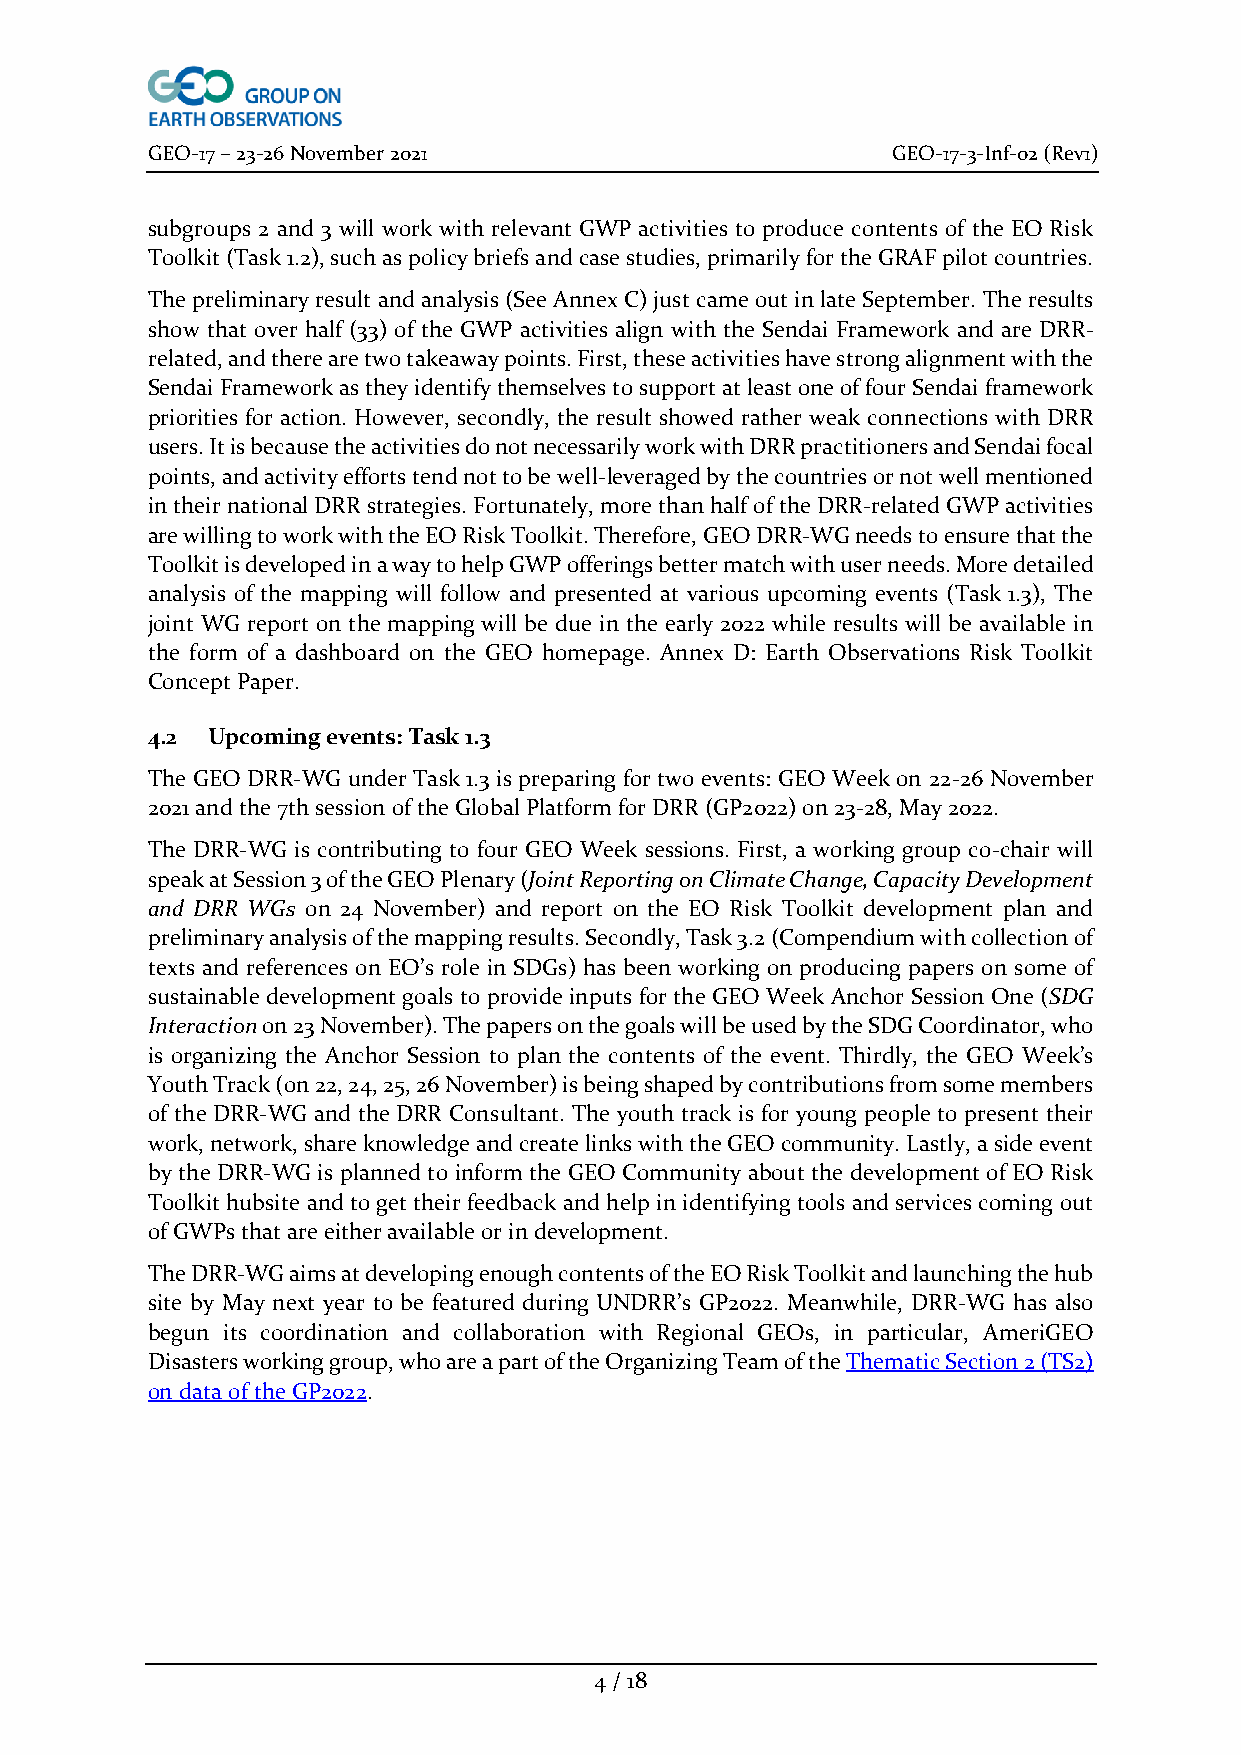
GEO-17 – 23-26 November 2021                     GEO-17-3-Inf-02 (Rev1)
 subgroups 2 and 3 will work with relevant GWP activities to produce contents of the EO Risk
 Toolkit (Task 1.2), such as policy briefs and case studies, primarily for the GRAF pilot countries.
 The preliminary result and analysis (See Annex C) just came out in late September. The results
 show that over half (33) of the GWP activities align with the Sendai Framework and are DRR-
 related, and there are two takeaway points. First, these activities have strong alignment with the
 Sendai Framework as they identify themselves to support at least one of four Sendai framework
 priorities for action. However, secondly, the result showed rather weak connections with DRR
 users. It is because the activities do not necessarily work with DRR practitioners and Sendai focal
 points, and activity efforts tend not to be well-leveraged by the countries or not well mentioned
 in their national DRR strategies. Fortunately, more than half of the DRR-related GWP activities
 are willing to work with the EO Risk Toolkit. Therefore, GEO DRR-WG needs to ensure that the
 Toolkit is developed in a way to help GWP offerings better match with user needs. More detailed
 analysis of the mapping will follow and presented at various upcoming events (Task 1.3), The
 joint WG report on the mapping will be due in the early 2022 while results will be available in
 the form of a dashboard on the GEO homepage. Annex D: Earth Observations Risk Toolkit
 Concept Paper.
 4.2 Upcoming events: Task 1.3
 The GEO DRR-WG under Task 1.3 is preparing for two events: GEO Week on 22-26 November
 2021 and the 7th session of the Global Platform for DRR (GP2022) on 23-28, May 2022.
 The DRR-WG is contributing to four GEO Week sessions. First, a working group co-chair will
 speak at Session 3 of the GEO Plenary (Joint Reporting on Climate Change, Capacity Development
 and DRR WGs on 24 November) and report on the EO Risk Toolkit development plan and
 preliminary analysis of the mapping results. Secondly, Task 3.2 (Compendium with collection of
 texts and references on EO’s role in SDGs) has been working on producing papers on some of
 sustainable development goals to provide inputs for the GEO Week Anchor Session One (SDG
 Interaction on 23 November). The papers on the goals will be used by the SDG Coordinator, who
 is organizing the Anchor Session to plan the contents of the event. Thirdly, the GEO Week’s
 Youth Track (on 22, 24, 25, 26 November) is being shaped by contributions from some members
 of the DRR-WG and the DRR Consultant. The youth track is for young people to present their
 work, network, share knowledge and create links with the GEO community. Lastly, a side event
 by the DRR-WG is planned to inform the GEO Community about the development of EO Risk
 Toolkit hubsite and to get their feedback and help in identifying tools and services coming out
 of GWPs that are either available or in development.
 The DRR-WG aims at developing enough contents of the EO Risk Toolkit and launching the hub
 site by May next year to be featured during UNDRR’s GP2022. Meanwhile, DRR-WG has also
 begun its coordination and collaboration with Regional GEOs, in particular, AmeriGEO
 Disasters working group, who are a part of the Organizing Team of the Thematic Section 2 (TS2)
 on data of the GP2022.
 4 / 18